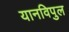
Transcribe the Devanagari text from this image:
यानविपुल